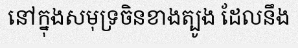
នៅក្នុងសមុទ្រចិនខាងត្បូង ដែលនឹង